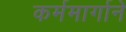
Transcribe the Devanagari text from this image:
कर्ममार्गाने